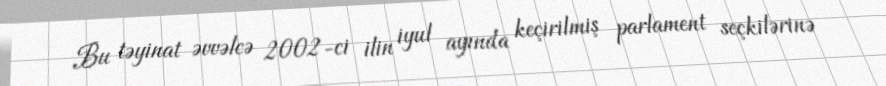
Bu təyinat əvvəlcə 2002-ci ilin iyul ayında keçirilmiş parlament seçkilərinə